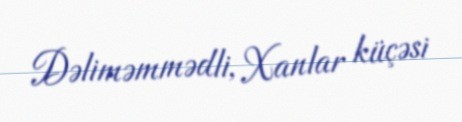
Dəliməmmədli, Xanlar küçəsi